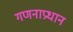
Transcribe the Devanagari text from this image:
गणनाप्रधान